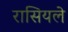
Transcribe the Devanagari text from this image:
रासियले